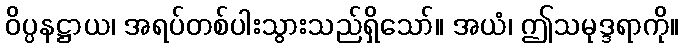
ဝိပ္ပနဋ္ဌာယ၊ အရပ်တစ်ပါးသွားသည်ရှိသော်။ အယံ၊ ဤသမုဒ္ဒရာကို။